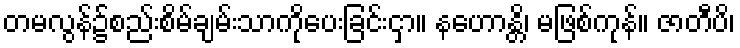
တမလွန်၌စည်းစိမ်ချမ်းသာကိုပေးခြင်းငှာ။ နဟောန္တိ၊ မဖြစ်ကုန်။ ဇာတီပိ၊